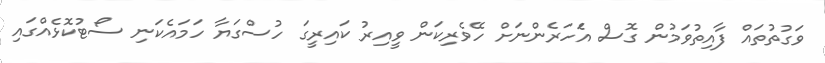
ވަގުތުތައް ފާއިތުވަމުން ގޮސް އެަހަރެންނަށް ހޭވެރިކަން ވީއިރު ކައިރީގަ ހުސްގަޔާ ހަމައެކަނި ސޯޓުކޮޅެއްގައި